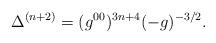
LaTeX: \begin{align*}\Delta^{(n+2)}=(g^{00})^{3n+4}(-g)^{-3/2}.\end{align*}